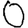
Digit: 0